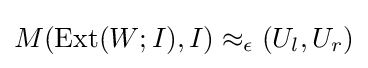
M(\operatorname {Ext} (W;I),I)\approx _{\epsilon }(U_{l},U_{r})